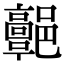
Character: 𩫩